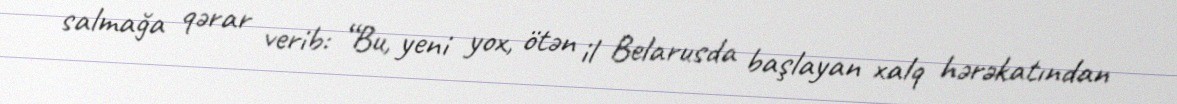
salmağa qərar verib: “Bu, yeni yox, ötən il Belarusda başlayan xalq hərəkatından